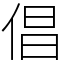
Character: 倡